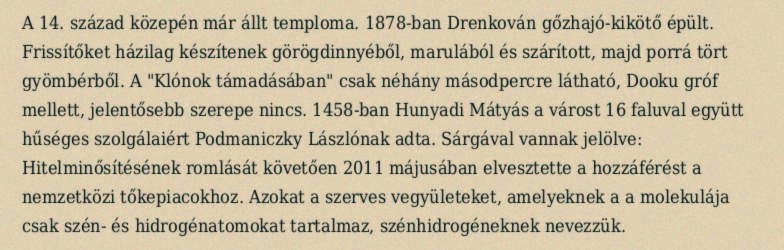
A 14. század közepén már állt temploma. 1878-ban Drenkován gőzhajó-kikötő épült. Frissítőket házilag készítenek görögdinnyéből, marulából és szárított, majd porrá tört gyömbérből. A "Klónok támadásában" csak néhány másodpercre látható, Dooku gróf mellett, jelentősebb szerepe nincs. 1458-ban Hunyadi Mátyás a várost 16 faluval együtt hűséges szolgálaiért Podmaniczky Lászlónak adta. Sárgával vannak jelölve: Hitelminősítésének romlását követően 2011 májusában elvesztette a hozzáférést a nemzetközi tőkepiacokhoz. Azokat a szerves vegyületeket, amelyeknek a a molekulája csak szén- és hidrogénatomokat tartalmaz, szénhidrogéneknek nevezzük.